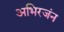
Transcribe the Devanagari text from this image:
अभिरजंन